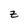
Character: z